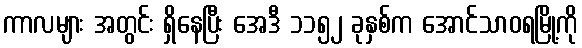
ကာလများ အတွင်း ရှိနေပြီး အေဒီ ၁၁၅၂ ခုနှစ်က အောင်သာဝရမြို့ကို